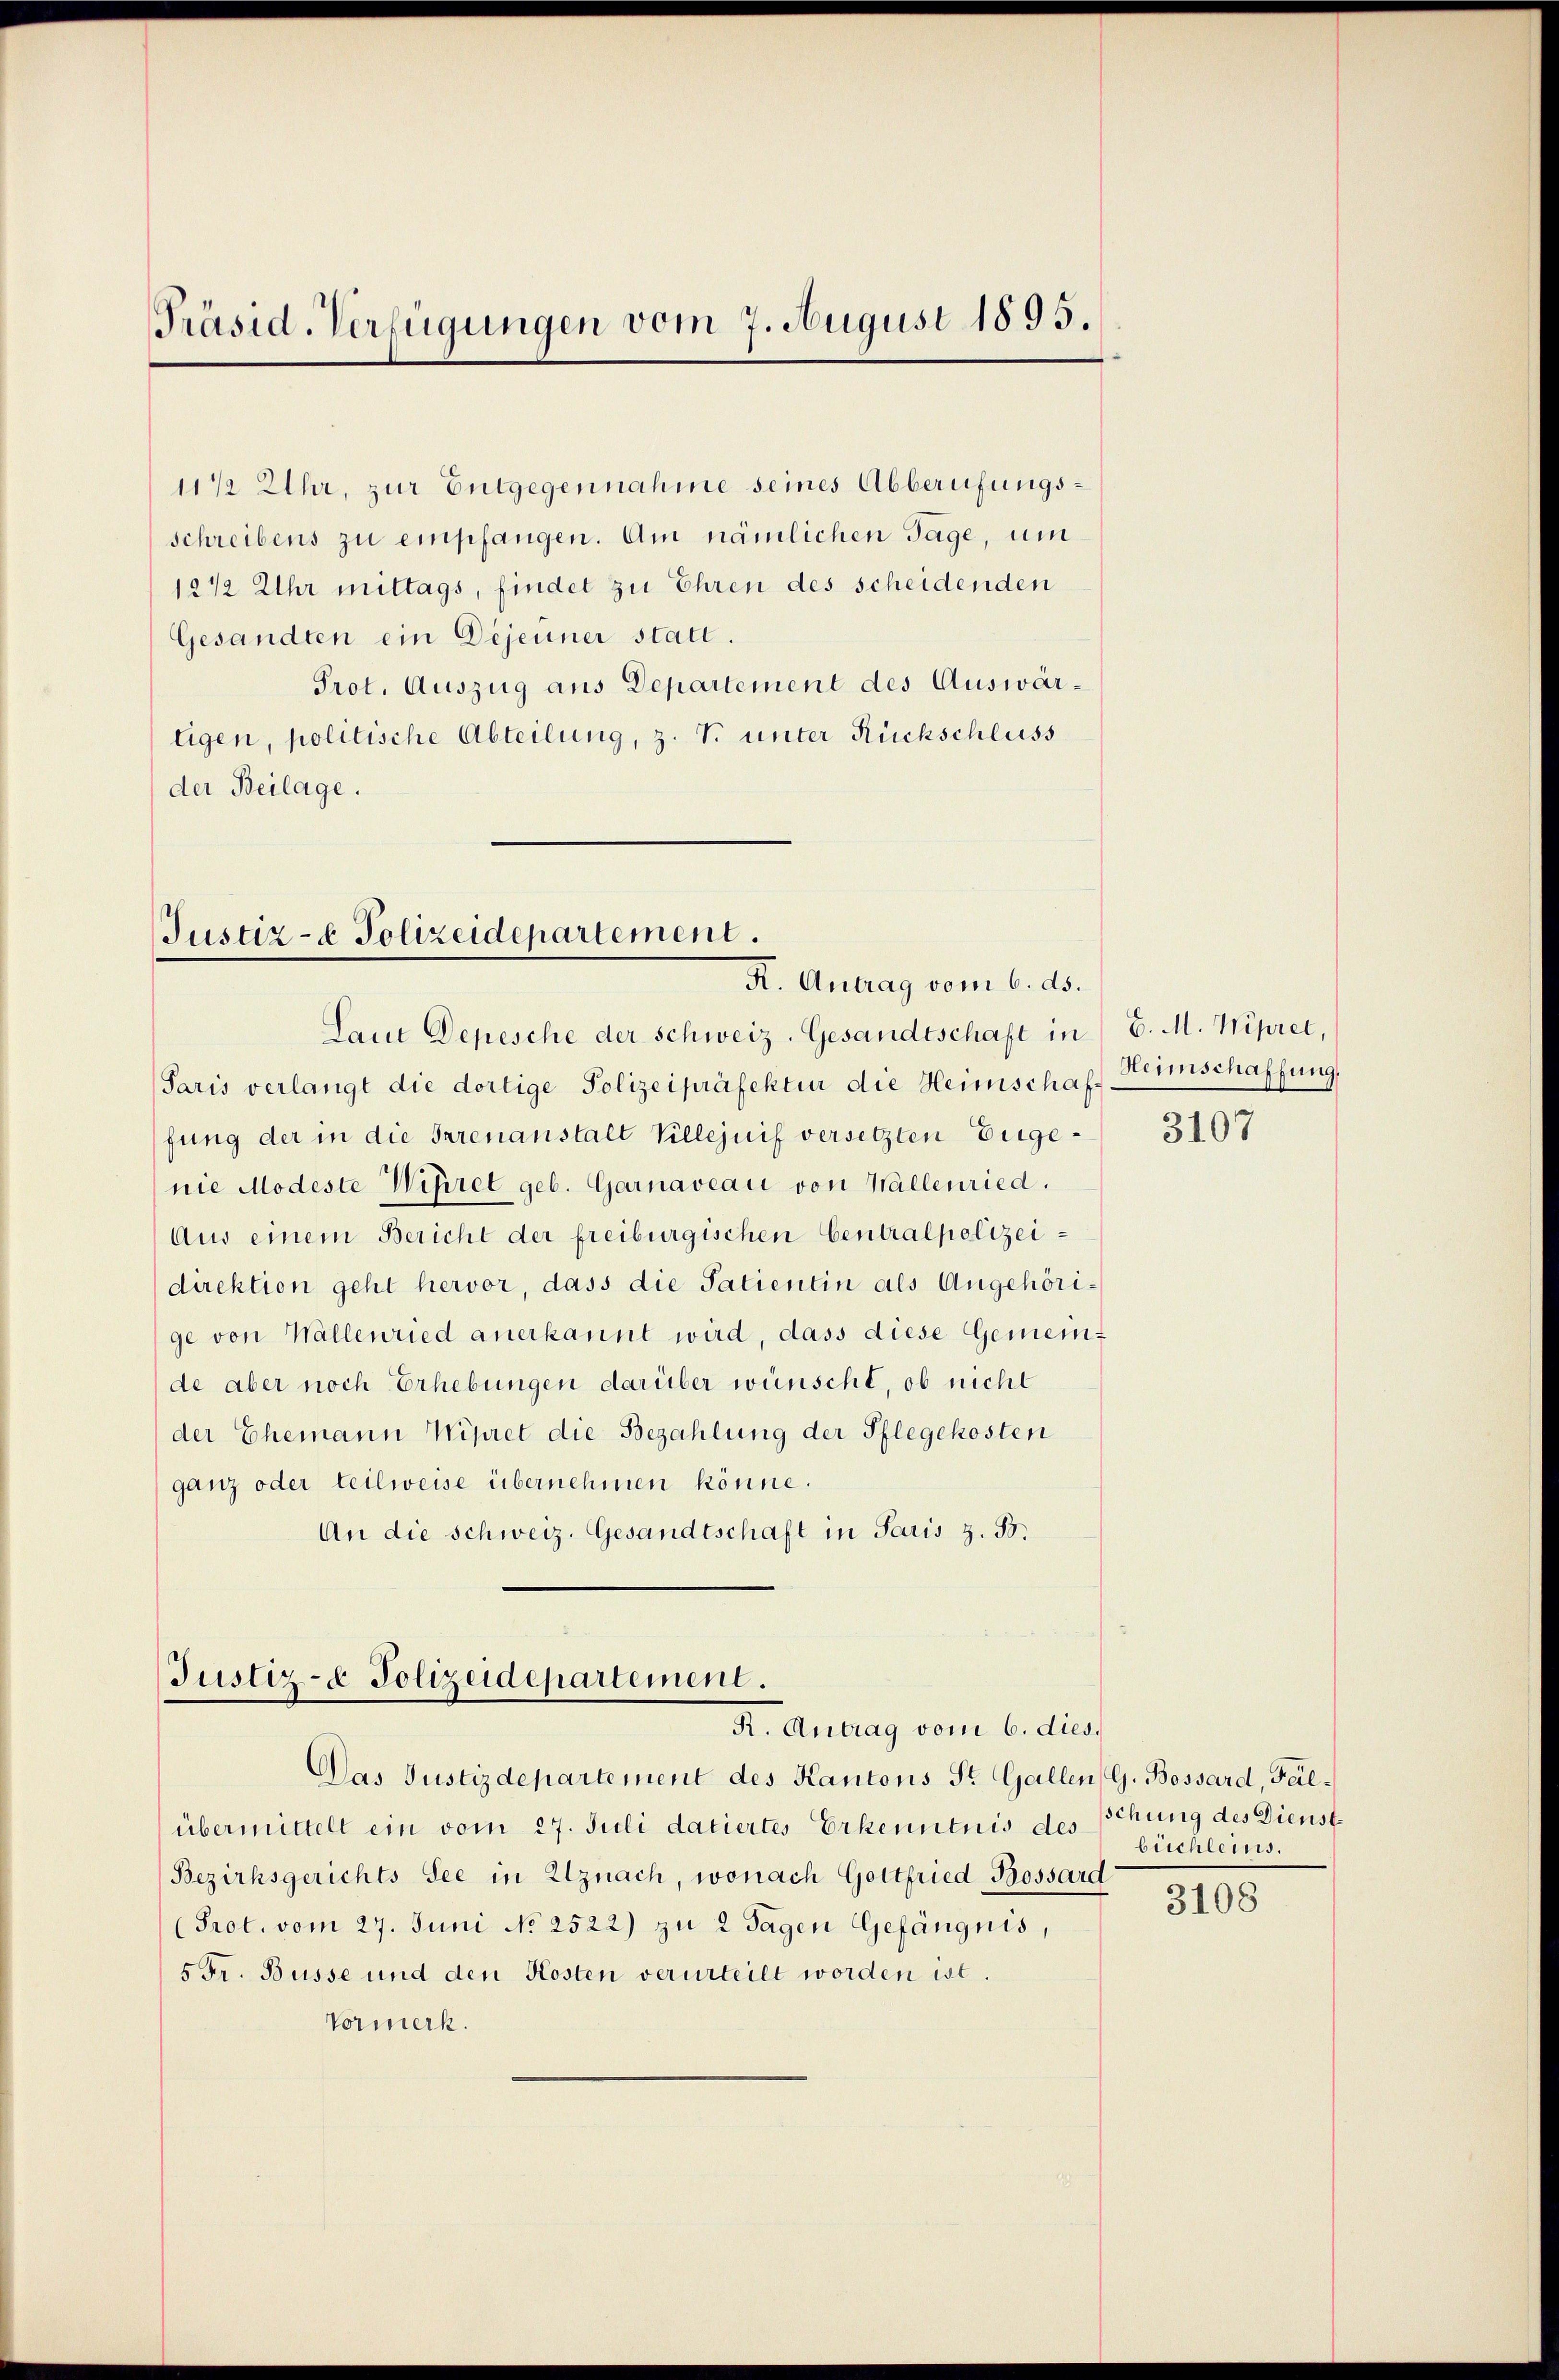
Präsid. Verfügungen vom 7. August 1895.

11/2 Uhr, zur Entgegennahme seines Abberufungsschreibens zu empfangen. Am nämlichen Tage, um
12 1/2 Uhr mittags, findet zu Ehren des scheidenden
Gesandten ein Dejeuner statt.
Prot. Auszug aus Departement des Auswärtigen, politische Abteilung, z. T. unter Rückschluss
der Beilage.

Justiz- & Polizeidepartement.
K. Antrag vom 6. ds.

Laut Depesche der Schweiz. Gesandtschaft in C. M. Wipret,
Paris verlangt die dortige Polizeipräfektur die Heimschaft Heimschaffung,
fung der in die Parenanstalt Villejuif versetzten Eigenie Modeste Wipiret geb. Garnaveau von Wallenried.
Aus einem Bericht der freiburgischen Centralpolizeidirektion geht hervor, dass die Satientin als Angehörige von Wallenried anerkannt wird, dass diese Gemein-
de aber noch Erhebungen darüber wünscht, ob nicht
der Ehemann Wipret die Bezahlung der Pflegekosten
ganz oder teilweise übernehmen könne.
An die Schweiz. Gesandtschaft in Paris z. B.

Justiz- & Polizeidepartement.
K. Antrag vom 6. dies

Das Justizdepartement des Kantons St. Gallen G. Bossard, Falübermittelt ein vom 27. Juli datiertes Erkenntnis des schung des Dienst¬
Bezirksgerichts See in Uznach, wonach Gottfried Bossard
(Prot. vom 27. Juni No 2522) zu 2 Tagen Gefängnis,
5 Fr. Büsse und den Kosten verurteilt worden ist.
Vormerk.

3107

büchleins.

3108